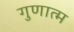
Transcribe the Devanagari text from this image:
गुणात्म